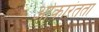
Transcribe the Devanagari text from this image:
ओकारंतता